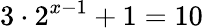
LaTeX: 3\cdot 2^{x-1}+1=10